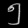
Digit: ၅